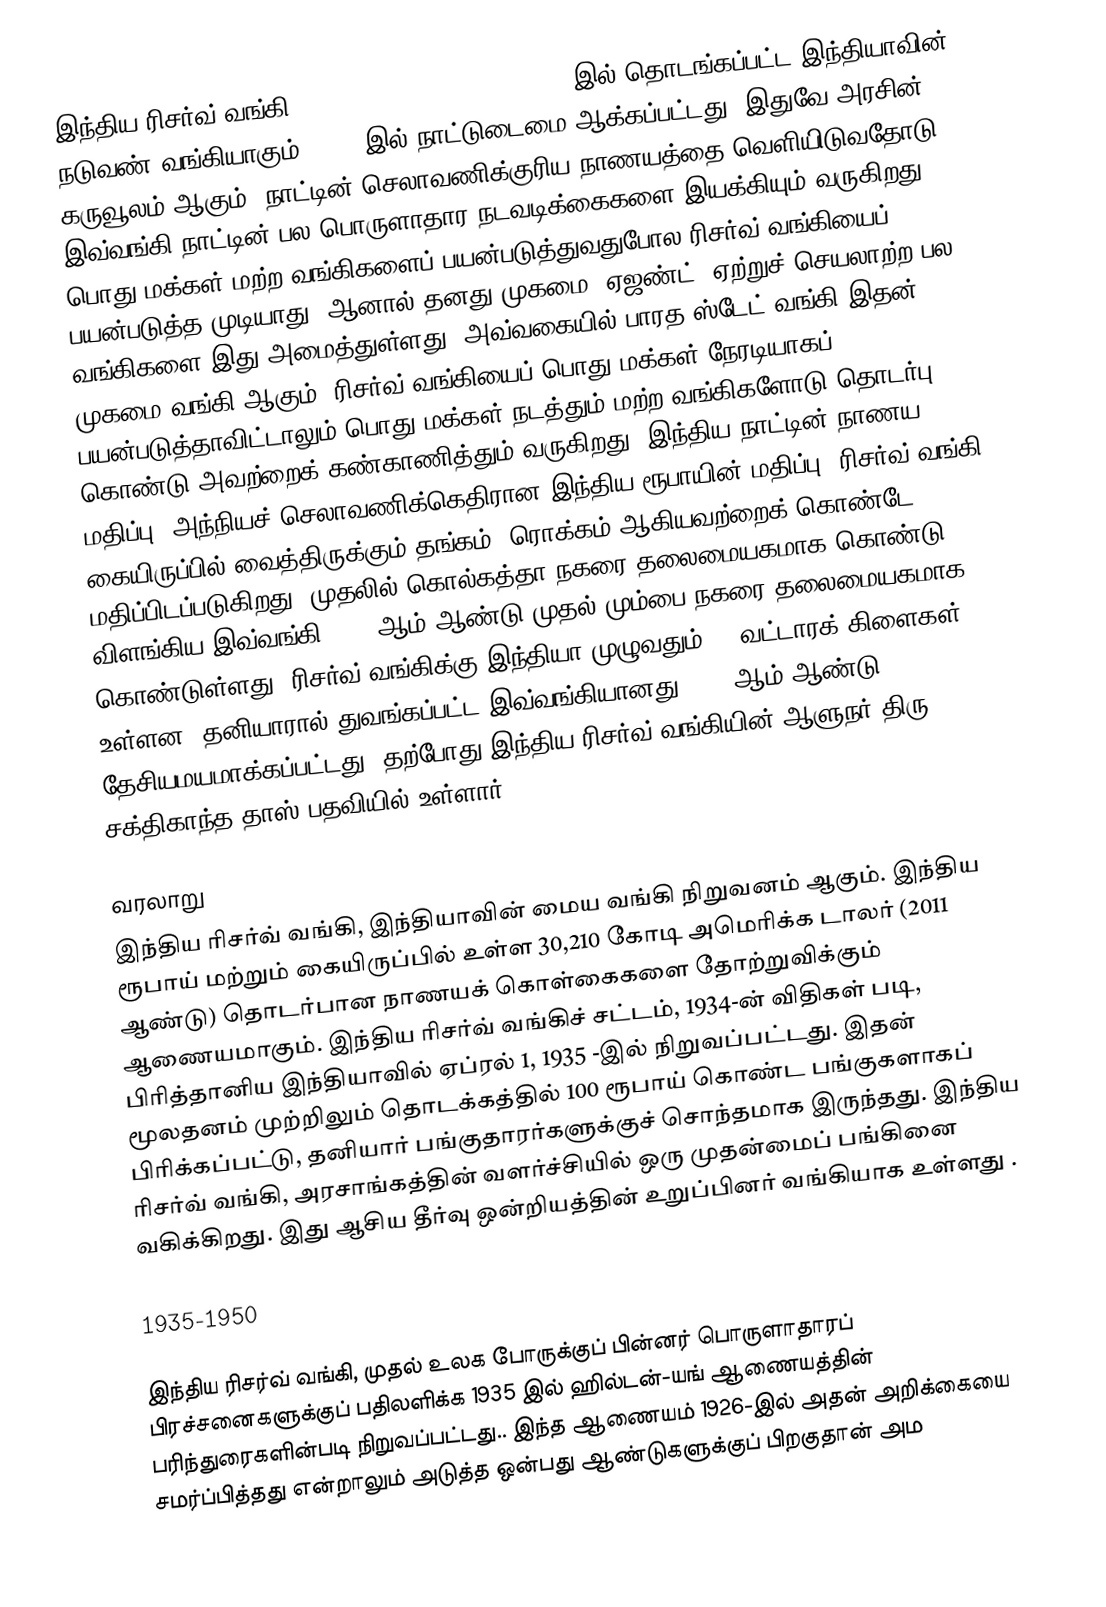
இந்திய ரிசர்வ் வங்கி (Reserve Bank of India) 1935-இல் தொடங்கப்பட்ட இந்தியாவின் நடுவண் வங்கியாகும். 1949-இல் நாட்டுடைமை ஆக்கப்பட்டது. இதுவே அரசின் கருவூலம் ஆகும். நாட்டின் செலாவணிக்குரிய நாணயத்தை வெளியிடுவதோடு, இவ்வங்கி நாட்டின் பல பொருளாதார நடவடிக்கைகளை இயக்கியும் வருகிறது. பொது மக்கள் மற்ற வங்கிகளைப் பயன்படுத்துவதுபோல ரிசர்வ் வங்கியைப் பயன்படுத்த முடியாது. ஆனால் தனது முகமை (ஏஜண்ட்) ஏற்றுச் செயலாற்ற பல வங்கிகளை இது அமைத்துள்ளது. அவ்வகையில் பாரத ஸ்டேட் வங்கி இதன் முகமை வங்கி ஆகும். ரிசர்வ் வங்கியைப் பொது மக்கள் நேரடியாகப் பயன்படுத்தாவிட்டாலும் பொது மக்கள் நடத்தும் மற்ற வங்கிகளோடு தொடர்பு கொண்டு அவற்றைக் கண்காணித்தும் வருகிறது. இந்திய நாட்டின் நாணய மதிப்பு (அந்நியச் செலாவணிக்கெதிரான இந்திய ரூபாயின் மதிப்பு) ரிசர்வ் வங்கி  கையிருப்பில் வைத்திருக்கும் தங்கம், ரொக்கம் ஆகியவற்றைக் கொண்டே மதிப்பிடப்படுகிறது. முதலில் கொல்கத்தா நகரை தலைமையகமாக கொண்டு விளங்கிய இவ்வங்கி 1937-ஆம் ஆண்டு முதல் மும்பை நகரை தலைமையகமாக கொண்டுள்ளது. ரிசர்வ் வங்கிக்கு இந்தியா முழுவதும் 22 வட்டாரக் கிளைகள் உள்ளன. தனியாரால் துவங்கப்பட்ட இவ்வங்கியானது 1949 ஆம் ஆண்டு தேசியமயமாக்கப்பட்டது. தற்போது இந்திய ரிசர்வ் வங்கியின் ஆளுநர் திரு. சக்திகாந்த தாஸ் பதவியில் உள்ளார்.

வரலாறு
இந்திய ரிசர்வ் வங்கி, இந்தியாவின் மைய வங்கி நிறுவனம் ஆகும். இந்திய ரூபாய் மற்றும் கையிருப்பில் உள்ள 30,210 கோடி அமெரிக்க டாலர் (2011 ஆண்டு) தொடர்பான நாணயக் கொள்கைகளை தோற்றுவிக்கும் ஆணையமாகும். இந்திய ரிசர்வ் வங்கிச் சட்டம், 1934-ன் விதிகள் படி, பிரித்தானிய இந்தியாவில் ஏப்ரல் 1, 1935 -இல் நிறுவப்பட்டது. இதன் மூலதனம் முற்றிலும் தொடக்கத்தில் 100 ரூபாய் கொண்ட பங்குகளாகப் பிரிக்கப்பட்டு, தனியார் பங்குதாரர்களுக்குச் சொந்தமாக இருந்தது. இந்திய ரிசர்வ் வங்கி, அரசாங்கத்தின் வளர்ச்சியில் ஒரு முதன்மைப் பங்கினை வகிக்கிறது. இது ஆசிய தீர்வு ஒன்றியத்தின் உறுப்பினர் வங்கியாக உள்ளது .

1935-1950

இந்திய ரிசர்வ் வங்கி, முதல் உலக போருக்குப் பின்னர் பொருளாதாரப் பிரச்சனைகளுக்குப் பதிலளிக்க 1935 இல் ஹில்டன்-யங் ஆணையத்தின் பரிந்துரைகளின்படி நிறுவப்பட்டது.. இந்த ஆணையம் 1926-இல் அதன் அறிக்கையை சமர்ப்பித்தது என்றாலும் அடுத்த ஒன்பது ஆண்டுகளுக்குப் பிறகுதான் அம